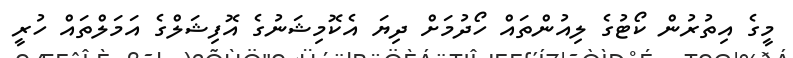
މީގެ އިތުރުން ކޯޓުގެ ލިއުންތައް ހޯދުމަށް ދިޔަ އެކޮމިޝަނުގެ އޮފިޝަލްގެ އަމަލްތައް ހުރީ